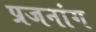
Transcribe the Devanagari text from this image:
प्रजनांग